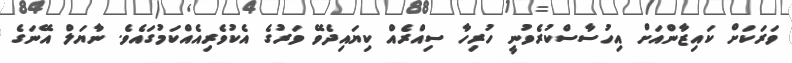
ވަރަކަށް ކައިޒާންއަށް އިހުސާސްކުރެވުނީ ހުރިހާ ސިއްރެއް ކިޔައިދެވޭ ވަރުގެ އެކުވެރިއެއްކަމުގައެވެ. ނާޔަލް އޭނަގެ